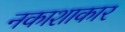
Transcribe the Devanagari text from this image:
नकाशाकार